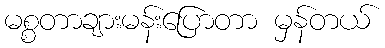
မစ္စတာချားမန်းပြောတာ မှန်တယ်